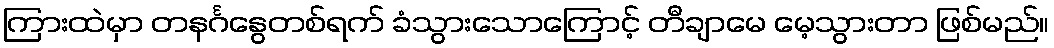
ကြားထဲမှာ တနင်္ဂနွေတစ်ရက် ခံသွားသောကြောင့် တီချာမေ မေ့သွားတာ ဖြစ်မည်။